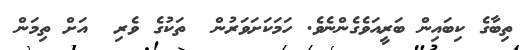
ތިބާގެ ކިބައިން ބަރީއަވެގެންނެވެ. ހަމަކަށަވަރުން  ތަކުގެ ވެރި  އަށް ތިމަން